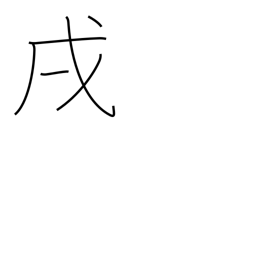
Meaning: 7-9PM